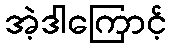
အဲ့ဒါကြောင့်